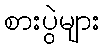
စားပွဲများ